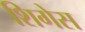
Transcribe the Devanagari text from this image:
शिगेस